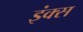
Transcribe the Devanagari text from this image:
इंक्स